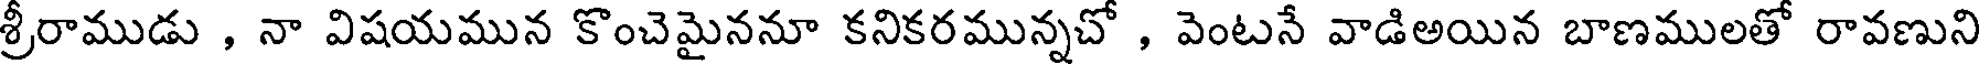
శ్రీరాముడు , నా విషయమున కొంచెమైననూ కనికరమున్నచో , వెంటనే వాడిఅయిన బాణములతో రావణుని